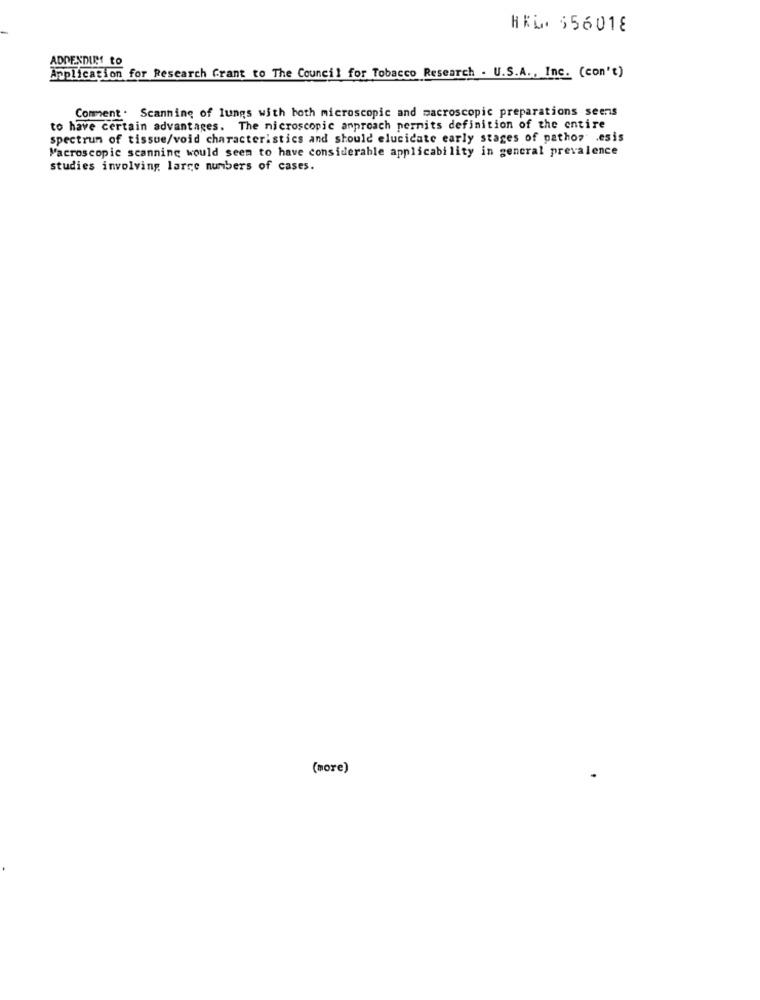
HEL. 556018
ADDENDIRT to
Application for Research Grant to The Council for Tobacco Research . U.S.A ., Inc. (con't)
Comment . Scanning of lungs with both microscopic and macroscopic preparations seens
to have certain advantages. The microscopic anproach nernits definition of the entire
spectrum of tissue/void characteristics and should elucicate early stages of pathon esis
Macroscopic scanning would seem to have considerable applicability in general prevalence
studies involving large numbers of cases.
(more)